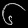
Digit: ၆